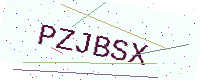
Text: PZJBSX